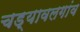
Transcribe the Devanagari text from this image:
चड्यावलगांव